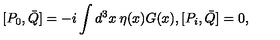
[ P _ { 0 } , \bar { Q } ] = - i \int d ^ { 3 } x \: \eta ( x ) G ( x ) , [ P _ { i } , \bar { Q } ] = 0 ,